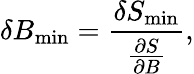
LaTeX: \delta B_{\mathrm{min}}=\frac{\delta S_{\mathrm{min}}}{\frac{\partial S}{\partial B}},